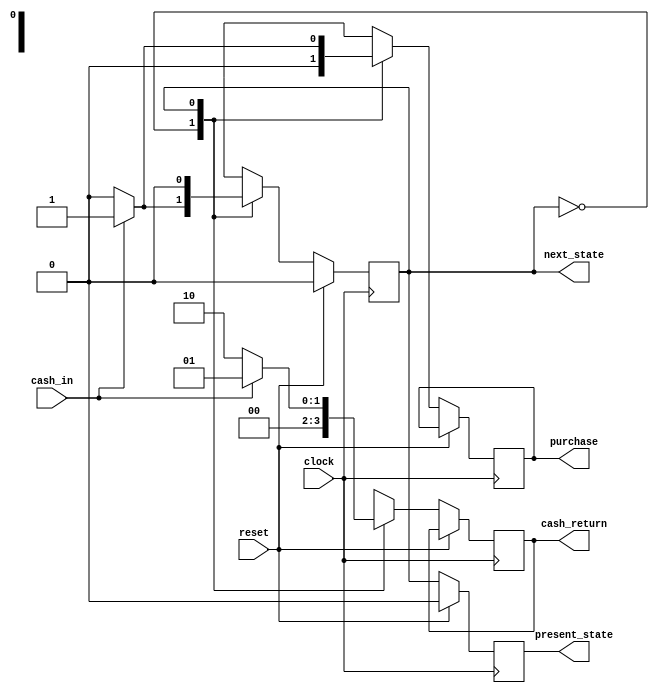
module exp2(clock, reset, cash_in, purchase, present_state, next_state, cash_return);
	input clock, reset;
	input cash_in;
	output reg purchase, present_state, next_state;
	output reg [1:0] cash_return;
	parameter 	state0= 0, 
				state1= 1,
				n = 15,
				R0= 2'b00,
				R5= 2'b01, 
				R10= 2'b10;
				
	
	always@(posedge clock)
	begin
			if(reset==1)
			begin 
				present_state = state0;
				next_state = state0;
			end
			else
			begin
				present_state = next_state;
				
				case(present_state)
				state0: if(cash_in == 0)
							begin
								next_state = state0;
								purchase =0;
								cash_return = R0;
							end
						else if(cash_in == 1) // 10 tk
							begin
								next_state = state1;
								purchase = 0;
								cash_return = R0;
							end
						
				state1: if(cash_in == 0)
							begin
								next_state = state0;
								purchase =0;
								cash_return = R10;
							end
						else if(cash_in == 1)
							begin
								next_state=state0;
								purchase = 1;
								cash_return = R5;
							end	
							
				endcase
			end
	end
	endmodule